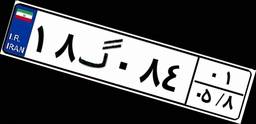
۱۸گ۰۸۴۰۱